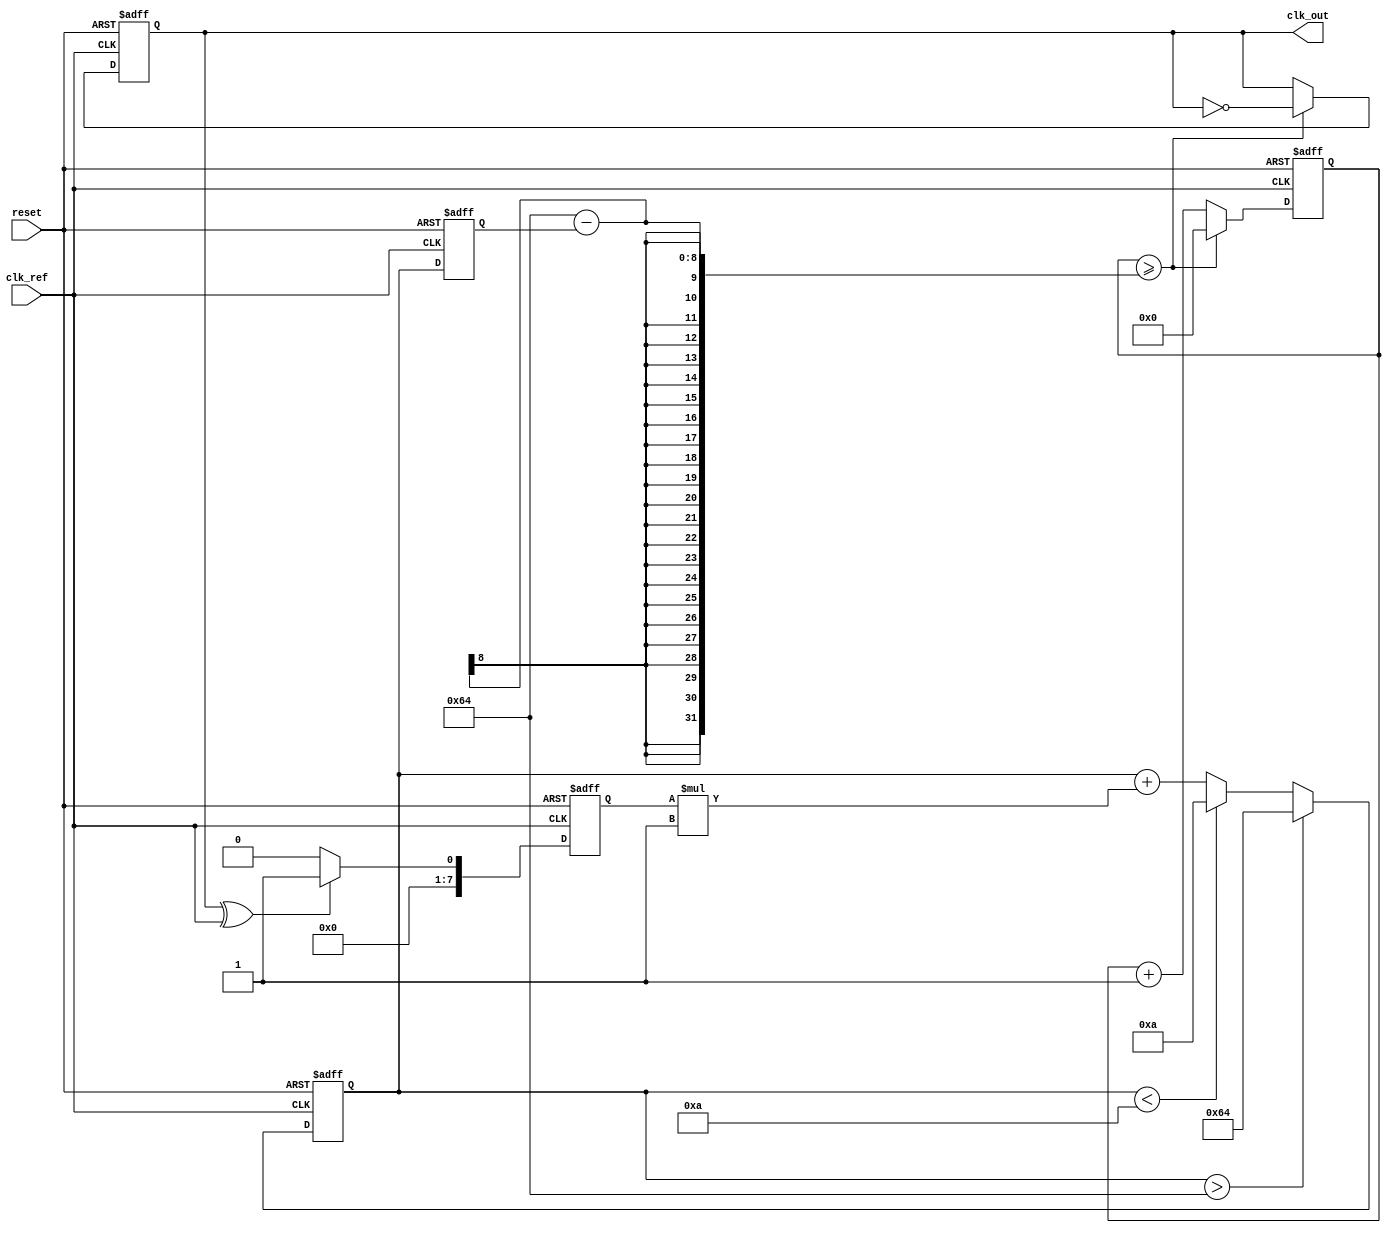
module PLL (
    input wire clk_ref,        // Reference clock input
    input wire reset,          // Reset signal
    output reg clk_out         // Output clock signal
);

// Parameters for VCO and Loop Filter
parameter VCO_MAX_FREQ = 100; // Maximum frequency for VCO
parameter VCO_MIN_FREQ = 10;   // Minimum frequency for VCO
parameter LOOP_FILTER_GAIN = 1; // Gain for the loop filter

// Internal signals
reg [7:0] phase_error;         // Phase error signal
reg [7:0] control_voltage;      // Control voltage for VCO
reg [7:0] vco_frequency;        // Current frequency of VCO
reg [31:0] counter;             // Counter for generating output clock

// Phase Detector (PD) - Simple XOR implementation
always @(posedge clk_ref or posedge reset) begin
    if (reset) begin
        phase_error <= 0;
    end else begin
        // Sample output clock and reference clock to determine phase error
        phase_error <= (clk_out ^ clk_ref) ? 1 : 0; // Simple XOR for phase detection
    end
end

// Loop Filter - Simple integrator for smoothing the phase error
always @(posedge clk_ref or posedge reset) begin
    if (reset) begin
        control_voltage <= 0;
    end else begin
        control_voltage <= control_voltage + (phase_error * LOOP_FILTER_GAIN);
        // Clamp control voltage to VCO frequency range
        if (control_voltage > VCO_MAX_FREQ) begin
            control_voltage <= VCO_MAX_FREQ;
        end else if (control_voltage < VCO_MIN_FREQ) begin
            control_voltage <= VCO_MIN_FREQ;
        end
    end
end

// Voltage-Controlled Oscillator (VCO)
always @(posedge clk_ref or posedge reset) begin
    if (reset) begin
        vco_frequency <= VCO_MIN_FREQ; // Start at minimum frequency
        clk_out <= 0; // Initialize output clock
        counter <= 0; // Initialize counter
    end else begin
        // Update VCO frequency based on control voltage
        vco_frequency <= control_voltage;

        // Generate output clock based on VCO frequency
        counter <= counter + 1;
        if (counter >= (100 - vco_frequency)) begin // Adjust counter threshold based on VCO frequency
            clk_out <= ~clk_out; // Toggle output clock
            counter <= 0; // Reset counter
        end
    end
end

endmodule